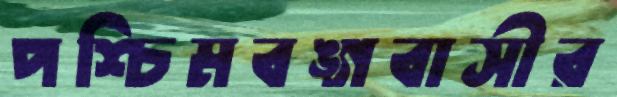
পশ্চিমবঙ্গবাসীর